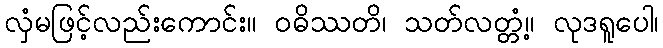
လှံမဖြင့်လည်းကောင်း။ ဝဓိဿတိ၊ သတ်လတ္တံ့။ လုဒရူပေါ၊